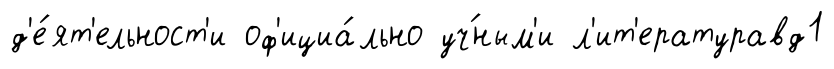
д'е́ят'ельност'и оф'ициа́льно уч́ным'и л'ит'ературавд1